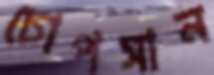
চোপসান